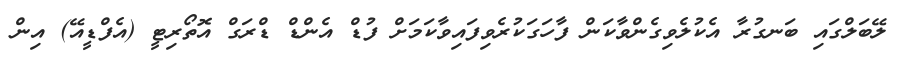
ލޭބަލްގައި ބަނގުރާ އެކުލެވިގެންވާކަން ފާހަގަކުރެވިފައިވާކަމަށް ފުޑް އެންޑް ޑްރަގް އޮތޯރިޓީ (އެފްޑީއޭ) އިން